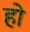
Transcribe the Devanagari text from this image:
हो